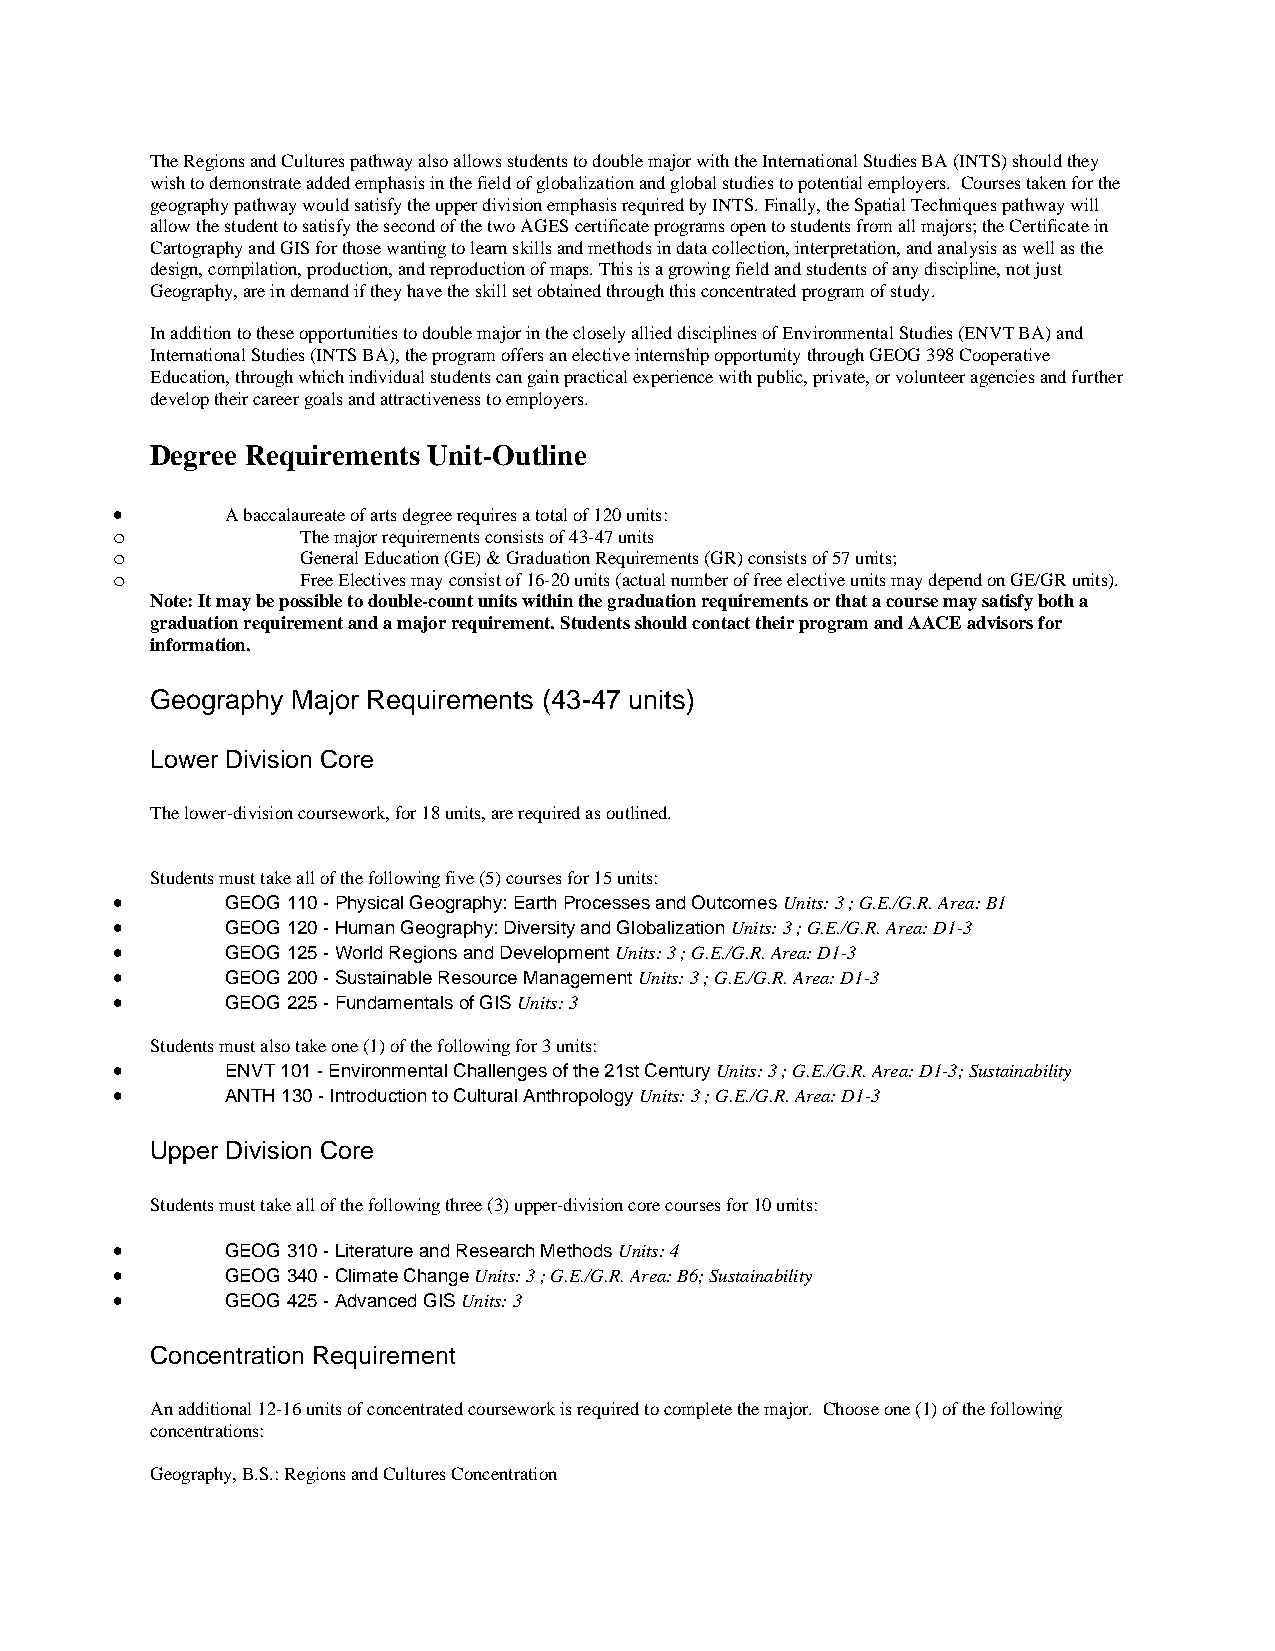
The Regions and Cultures pathway also allows students to double major with the International Studies BA (INTS) should they
 wish to demonstrate added emphasis in the field of globalization and global studies to potential employers. Courses taken for the
 geography pathway would satisfy the upper division emphasis required by INTS. Finally, the Spatial Techniques pathway will
 allow the student to satisfy the second of the two AGES certificate programs open to students from all majors; the Certificate in
 Cartography and GIS for those wanting to learn skills and methods in data collection, interpretation, and analysis as well as the
 design, compilation, production, and reproduction of maps. This is a growing field and students of any discipline, not just
 Geography, are in demand if they have the skill set obtained through this concentrated program of study.
 In addition to these opportunities to double major in the closely allied disciplines of Environmental Studies (ENVT BA) and
 International Studies (INTS BA), the program offers an elective internship opportunity through GEOG 398 Cooperative
 Education, through which individual students can gain practical experience with public, private, or volunteer agencies and further
 develop their career goals and attractiveness to employers.
 Degree Requirements Unit-Outline
 •       A baccalaureate of arts degree requires a total of 120 units:
 o            The major requirements consists of 43-47 units
 o            General Education (GE) & Graduation Requirements (GR) consists of 57 units;
 o            Free Electives may consist of 16-20 units (actual number of free elective units may depend on GE/GR units).
 Note: It may be possible to double-count units within the graduation requirements or that a course may satisfy both a
 graduation requirement and a major requirement. Students should contact their program and AACE advisors for
 information.
 Geography Major Requirements (43-47 units)
 Lower Division Core
 The lower-division coursework, for 18 units, are required as outlined.
 Students must take all of the following five (5) courses for 15 units:
 •       GEOG 110 - Physical Geography: Earth Processes and Outcomes Units: 3 ; G.E./G.R. Area: B1
 •       GEOG 120 - Human Geography: Diversity and Globalization Units: 3 ; G.E./G.R. Area: D1-3
 •       GEOG 125 - World Regions and Development Units: 3 ; G.E./G.R. Area: D1-3
 •       GEOG 200 - Sustainable Resource Management Units: 3 ; G.E./G.R. Area: D1-3
 •       GEOG 225 - Fundamentals of GIS Units: 3
 Students must also take one (1) of the following for 3 units:
 •       ENVT 101 - Environmental Challenges of the 21st Century Units: 3 ; G.E./G.R. Area: D1-3; Sustainability
 •       ANTH 130 - Introduction to Cultural Anthropology Units: 3 ; G.E./G.R. Area: D1-3
 Upper Division Core
 Students must take all of the following three (3) upper-division core courses for 10 units:
 •       GEOG 310 - Literature and Research Methods Units: 4
 •       GEOG 340 - Climate Change Units: 3 ; G.E./G.R. Area: B6; Sustainability
 •       GEOG 425 - Advanced GIS Units: 3
 Concentration Requirement
 An additional 12-16 units of concentrated coursework is required to complete the major. Choose one (1) of the following
 concentrations:
 Geography, B.S.: Regions and Cultures Concentration